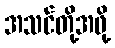
အသင်တို့အဖို့